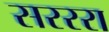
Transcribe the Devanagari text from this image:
सरररा